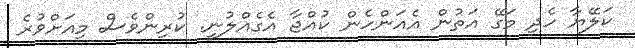
ކަލޭޔާ ހެދި މަގޭ އަތުން އެއަންހެން ކުއްޖާ އެގެއްލުނީ. ކުރިންވެސް މިއަށްވުރެ